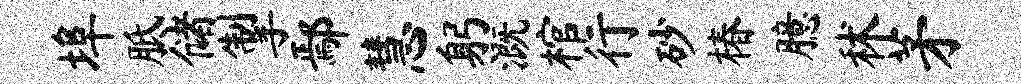
埠胝储掣鄢慧躬溉棺行砂椿臆秫茅